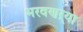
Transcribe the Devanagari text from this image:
भरवणऱ्या